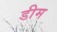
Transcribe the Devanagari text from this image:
डीम